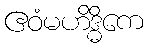
ဧဝံမဟိဒ္ဓိကေ